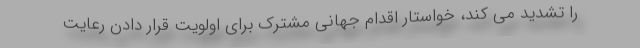
را تشدید می کند، خواستار اقدام جهانی مشترک برای اولویت قرار دادن رعایت